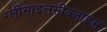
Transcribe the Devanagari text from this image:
ग्लीसाइलसीक्लाइंस